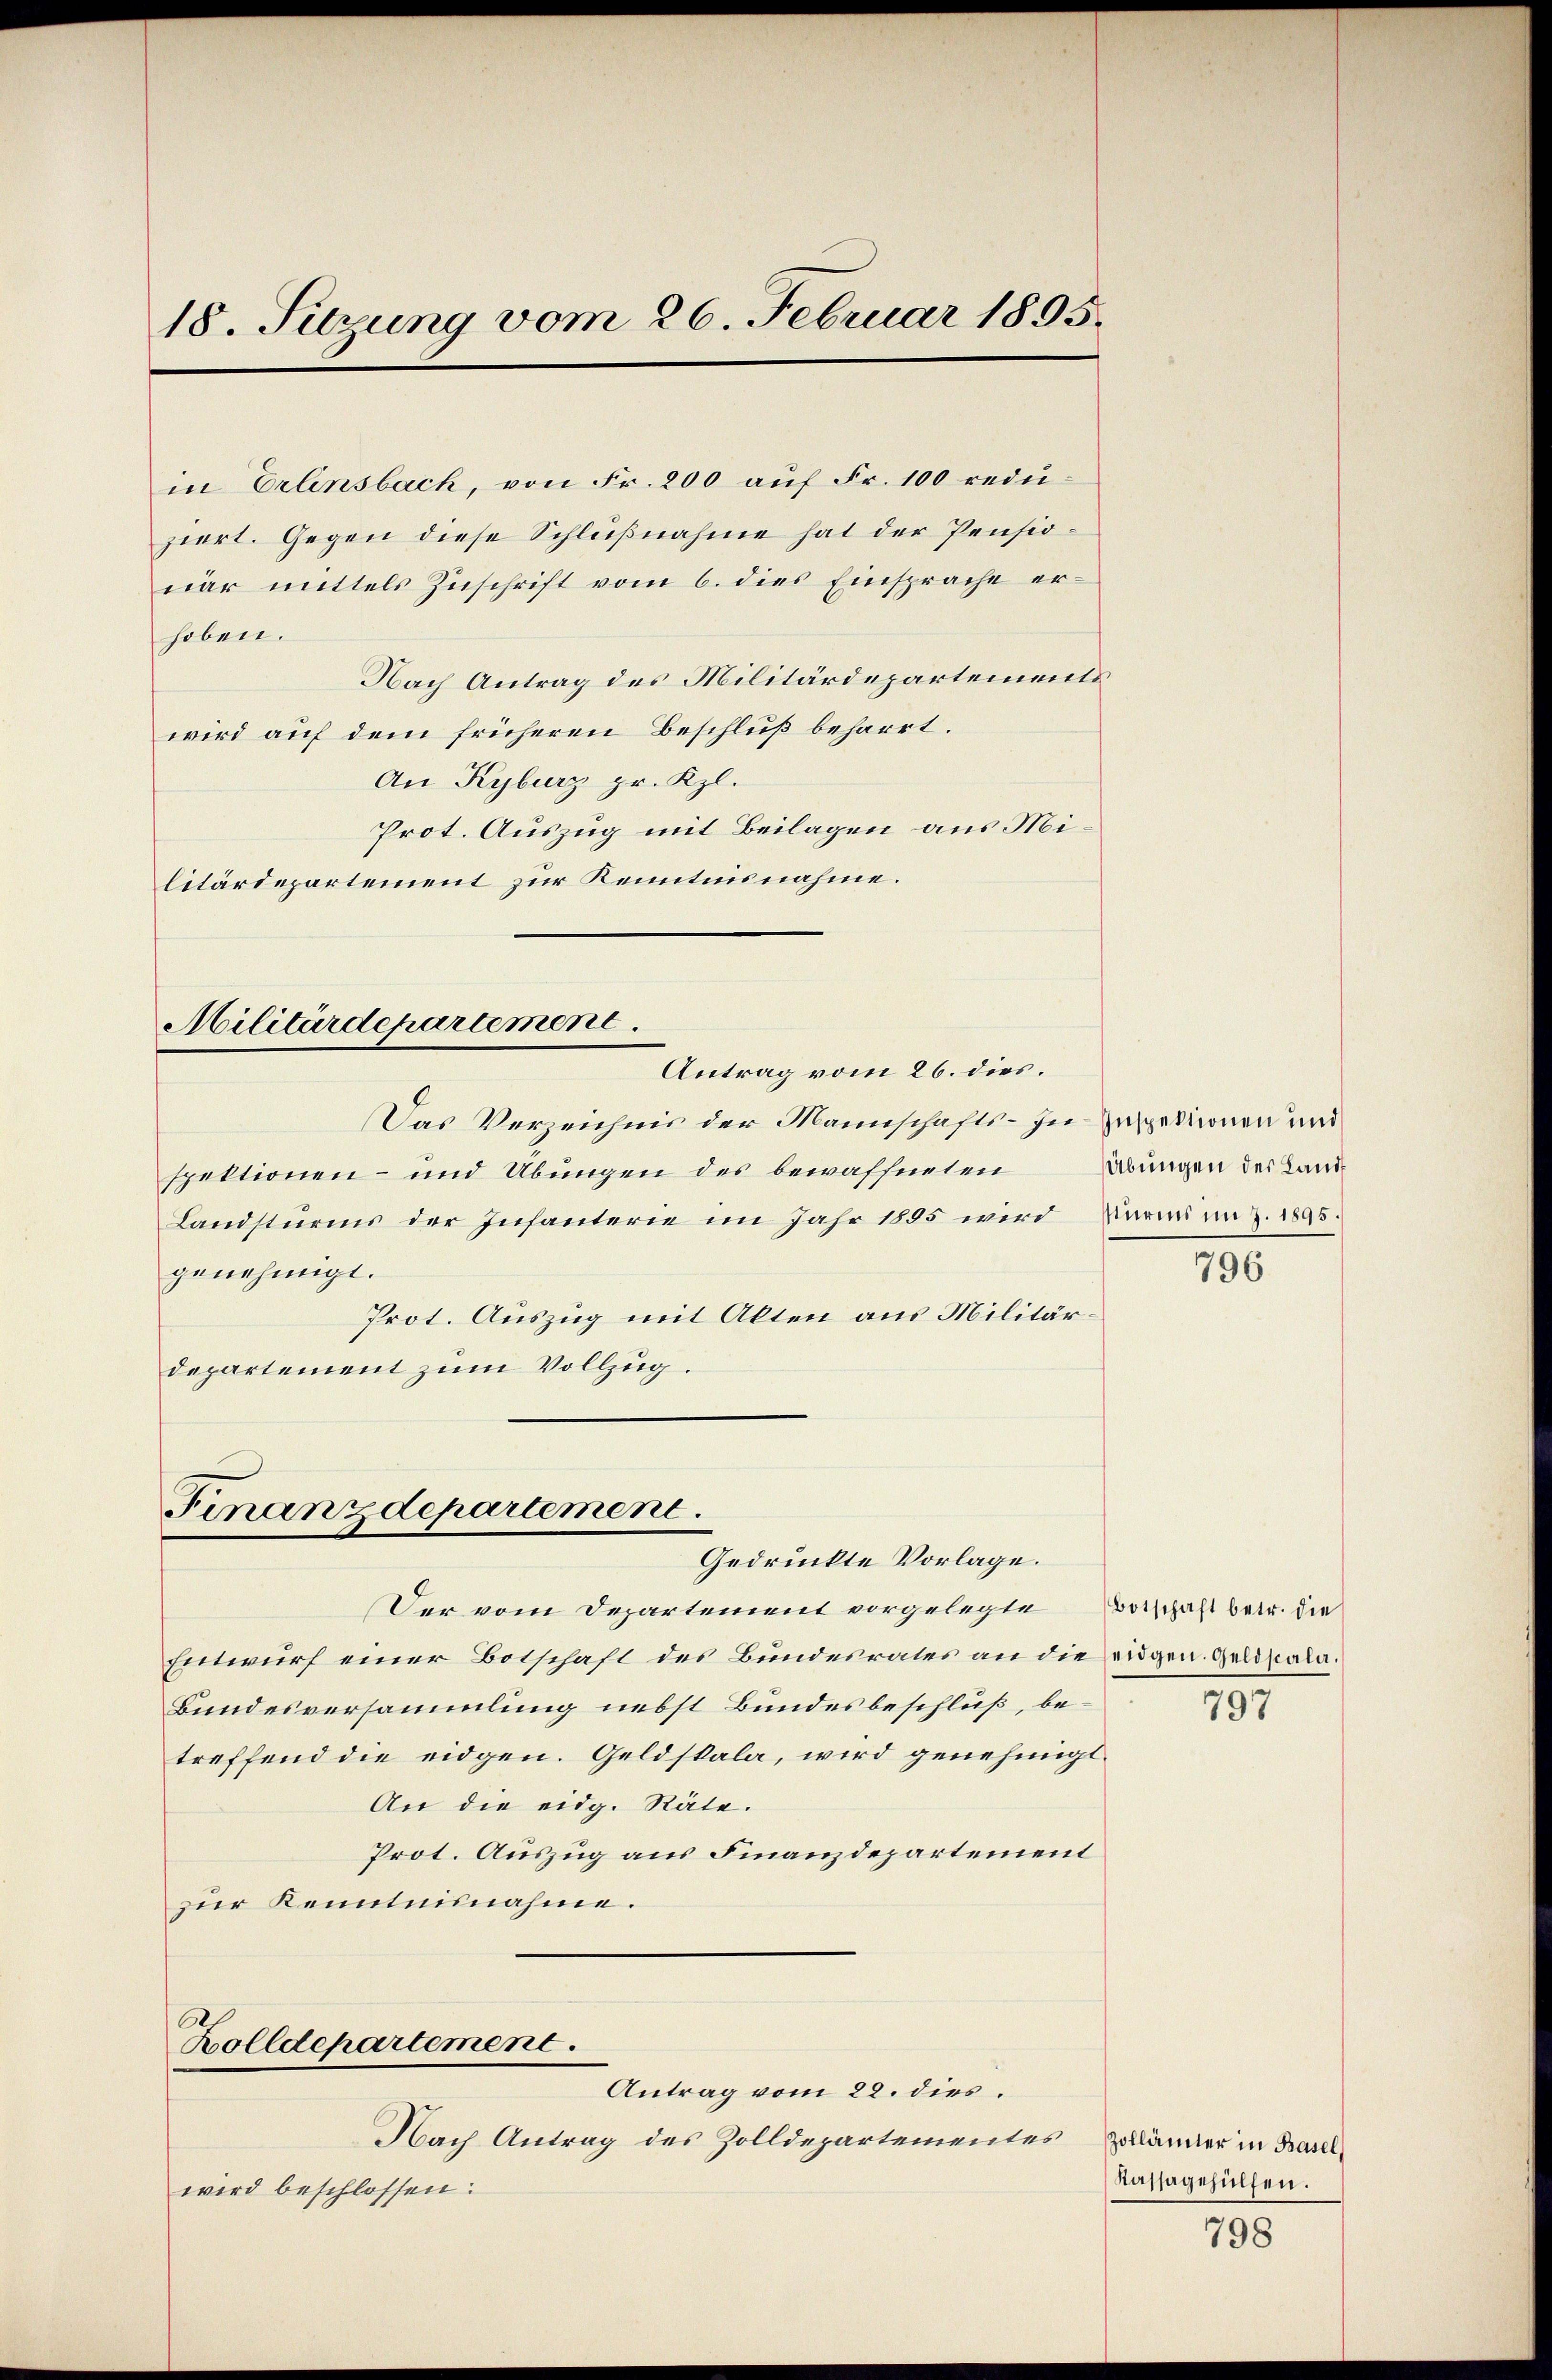
18. Sitzung vom 26. Februar 1895.

in Erlensbach, von Fr. 200 auf Fr. 100 reduziert. Gegen diese Schlußnahme hat der Pensiocar mittels Zuschrift vom 6. dies Einsprache erhoben.
Nach Antrag des Militärdepartemente
wird auf dem früheren Beschluß beharrt.
An Kyburg pr. Kzl.
Prot. Auszug mit Beilagen aus Militärdepartement zur Kenntnisnahme.

Militärdepartement
Antrag vom 26. dies

Das Verzeichnis der Mannschafts-In Inspektionen und
spektionen- und Übungen des bewaffneten
Landsturms der Infanterie im Jahr 1885 wird Darmi in Z. 1895
genehmigt.
Prot. Auszug mit Alten aus Militärdepartement zum Vollzug.

Finanzdepartement.
Gedrückte Vorlage.

Der vom Departement vorgelegte Botschaft betr. die
Entwurf einer Botschaft des Bundesrates an die eidgen. Geldscala¬
Bundesversammlung nebst Bundesbeschluß, betreffend die eidgen. Geldskala, wird genehmigt.
An die eidg. Räte.
Prot. Auszug aus Finanzdepartement
zur Kenntnisnahme.

Zolldepartement.

Antrag vom 22. dies.
Nach Antrag des Zolldepartementes
wird beschlossen:

Übungen der Land¬

796

797

Zollämter in Basel
Kassagehülfen.

798